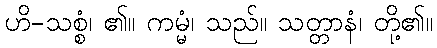
ဟိ-သစ္စံ၊ ၏။ ကမ္မံ၊ သည်။ သတ္တာနံ၊ တို့၏။